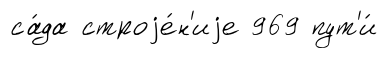
са́да строjе́н'иjе 969 пут'и́